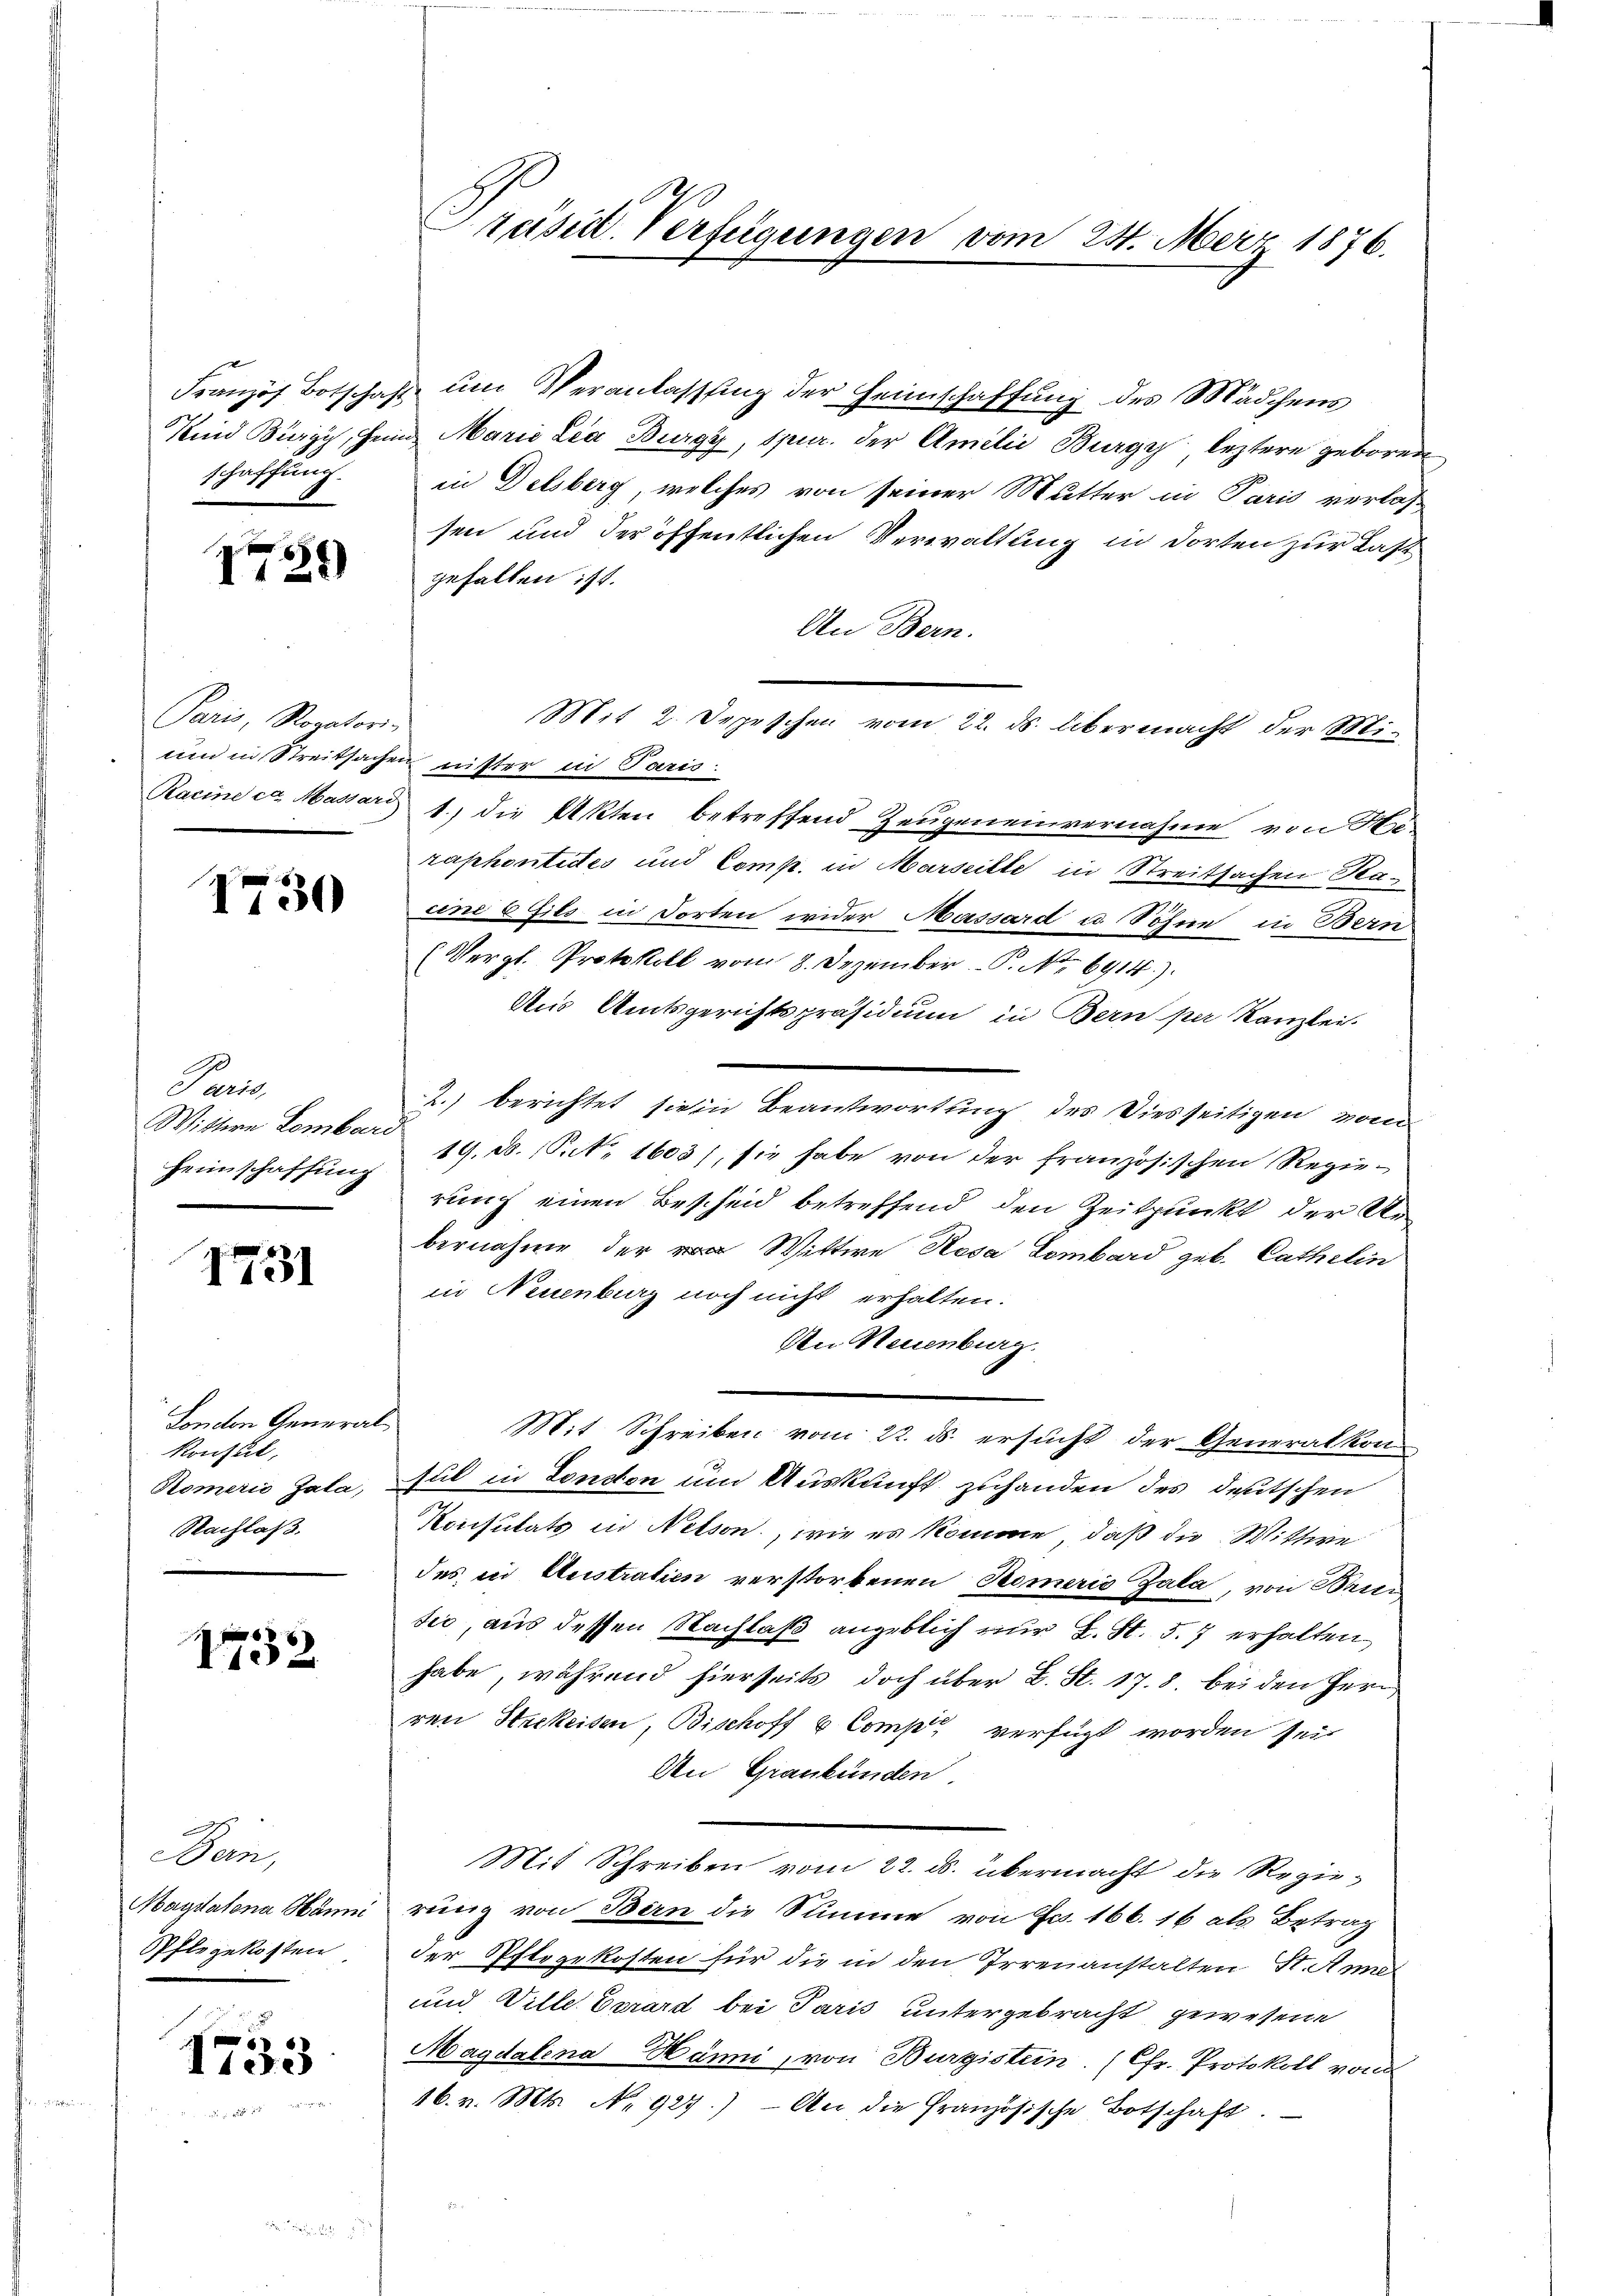
schaffung.

1739

Paris, Rogatori-

1730

Paris,
Wittwe Lombard
Heimschaffung

1731

Soncten General¬
Konseit
Somerić Zala,
Nachlaß.

173

Bern,
Magdalena Hän
Pflegekosten

I733

Präsid. Verfügungen vom 24. März 1876.

Französ Botschaft ŭm Veranlassŭng der Heimschaffŭng des Mädchens
Kind Bürgy, Heim Maria Lia Burgy, Spur. der Amilie Burgy leztere geboren
in Delsberg, welches von seiner Mutter in Paris verlas
sen und der öffentlichen Verwaltung in dorten zur Last
gefallen ist.
An Bern.
und in Streitsachen nitter in Paris.
Racine ca Massard 1., die Akten betreffend Zeugeneinvernahme von Ha-
raphontides und Comp. in Marseitte in Streitsachen Raun 6 fils in dorten wider Massard u. Söhne in Bern
(Vergl. Protokoll vom 8. Dezember P. Nr. 6914).
Aus Amtsgerichtspräsidium in Bern per Kanzlei-
2.) berichtet sie in Beantwortung des Diesseitigen vom
19. d. 16. N. 1603), sie habe von der französischen Regierung einen Bescheid betreffend den Zeitpunkt der Urbernahme der Wittwe Rosa Lombard geb. Cathelin
in Neuenburg noch nicht erhalten.
An Neuenburg.
Mit Schreiben vom 22. ds. ersucht der Generalkon
sul in Tondton um Auskunft zuhanden des deutschen
Konsultats in Netson, wie es komme, daß die Wittwe
des in Austratien verstorbenen Homeris Zala, von Brun
sić, aus dessen Nachlaß angeblich nur L. St. 57 erhalten
habe, während hierseits doch über L. St. 17. 8. bei den Herr
ren Strekeisen, Bischoff 6 Comp. verfügt worden sei.
An Graubünden.
Mit Schreiben vom 22. ds. übermacht die Regierung von Bern die Summe von Fr. 166. 16 als Betrag
der Pflegekosten für die in den Irrenanstalten St. Anna
und Ville Errard bei Paris untergebracht gewesene
Magdalena Hänni, von Burgistein. (Chr. Protokoll von
16. v. Mts. No 927.) An die Französische Botschaft.

Mit 2. Depeschen vom 22. ds. übermacht der Mi¬